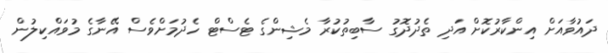
ދައުވާއަށް އިންކާރުކޮށް އަދި ތެދުދޮގު ސާބިތުކުރާ މެޝިންގެ ޓެސްޓް ހެދުމަށްވެސް އޭނާގެ މުވައްކިލުން